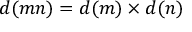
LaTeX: d ( m n ) = d ( m ) \times d ( n )